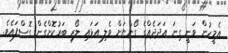
އެމީހުން ވަނީ ގިނަ އަދަދެއްގެ ގޯންޏަށް ވެލި އަޅައި ލޯރި ބަރުކޮށްގެން ގޮސްފައެވެ.